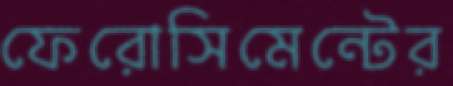
ফেরোসিমেন্টের